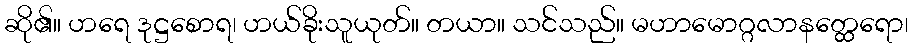
ဆို၏။ ဟရေ ဒုဋ္ဌစောရ၊ ဟယ်ခိုးသူယုတ်။ တယာ။ သင်သည်။ မဟာမောဂ္ဂလာနတ္ထေရော၊